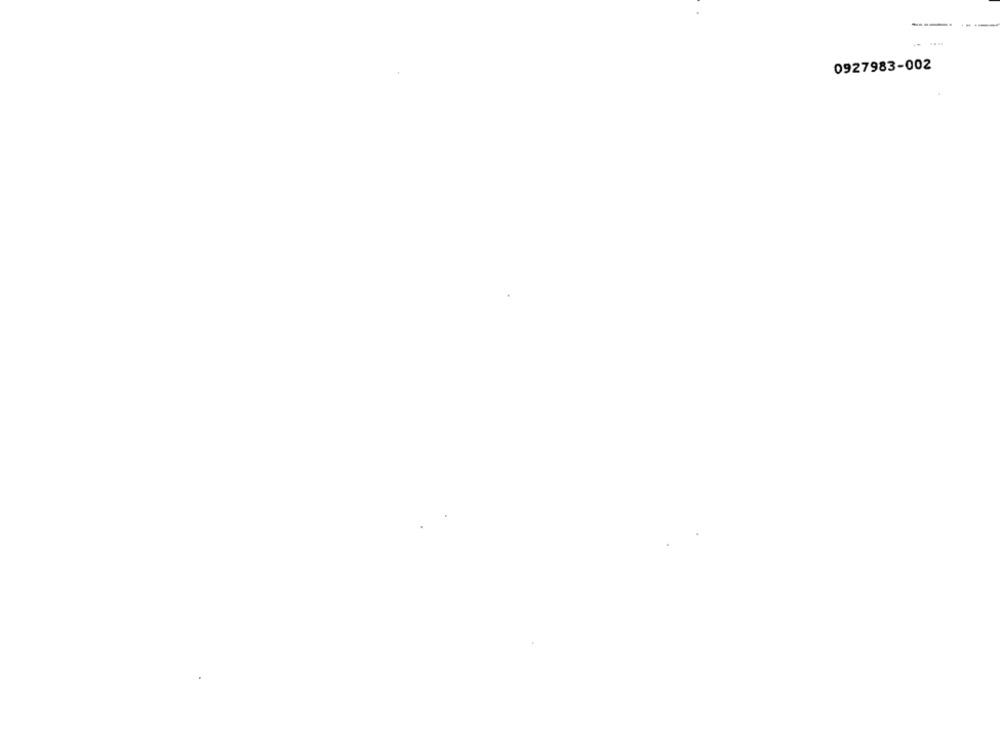
...
0927983-002